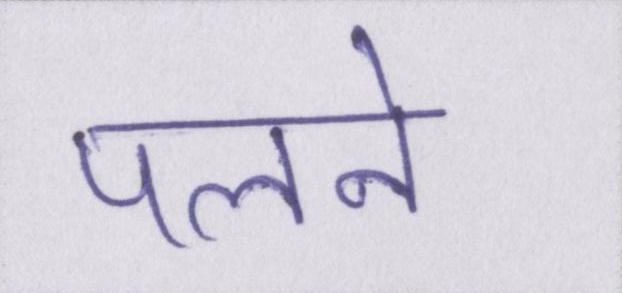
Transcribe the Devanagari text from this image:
पलने